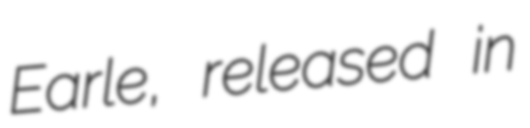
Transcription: Earle, released in